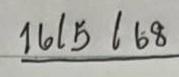
16/5/68